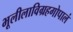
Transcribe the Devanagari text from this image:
भूलीलाविग्रहगोपालं